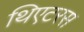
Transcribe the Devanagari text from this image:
थिएटरस